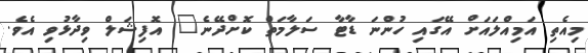
މިއެތި އަމިއްލައަށް އޭގައި ހުންނަ ޑާޓާ ސަލާމަތް ކޮށްދޭނެ" އޮފިޝަލް ވިދާޅުވި އެވެ.